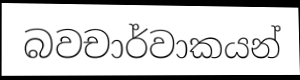
බවචාර්වාකයන්